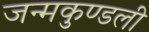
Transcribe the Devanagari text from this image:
जन्‍मकुण्‍डली